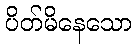
ပိတ်မိနေသော